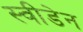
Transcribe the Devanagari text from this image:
स्‍वीडेन